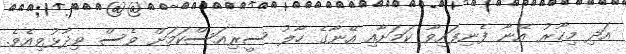
އަދި މިހާރު އޭނާ ފެނިފައިވާ ކަމަށާއި އޭނާގެ ހާލު ސީރިއަސްކަމަށް ވެސް ވިދާޅުވިއެވެ.